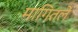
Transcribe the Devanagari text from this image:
मागितलें